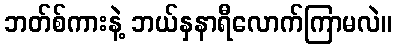
ဘတ်စ်ကားနဲ့ ဘယ်နှနာရီလောက်ကြာမလဲ။